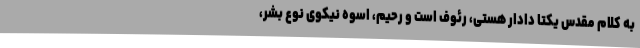
به کلام مقدس یکتا دادار هستی، رئوف است و رحیم، اسوه نیکوی نوع بشر،